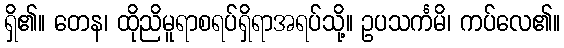
ရှိ၏။ တေန၊ ထိုညိမူရာစရပ်ရှိရာအရပ်သို့။ ဥပသင်္ကမိ၊ ကပ်လေ၏။